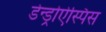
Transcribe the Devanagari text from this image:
डेन्ड्रोऐस्पिस